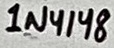
Text: 1N4148